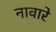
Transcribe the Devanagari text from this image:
नावारे